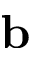
\mathbf { b }